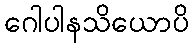
ဂေါပါနသိယောပိ